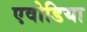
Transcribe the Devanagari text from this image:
एवोडिया